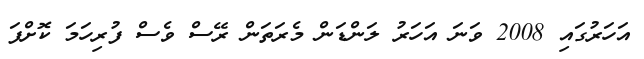
އަހަރުގައި 2008 ވަނަ އަހަރު ލަންޑަން މެރަތަން ރޭސް ވެސް ފުރިހަމަ ކޮށްފަ